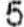
5